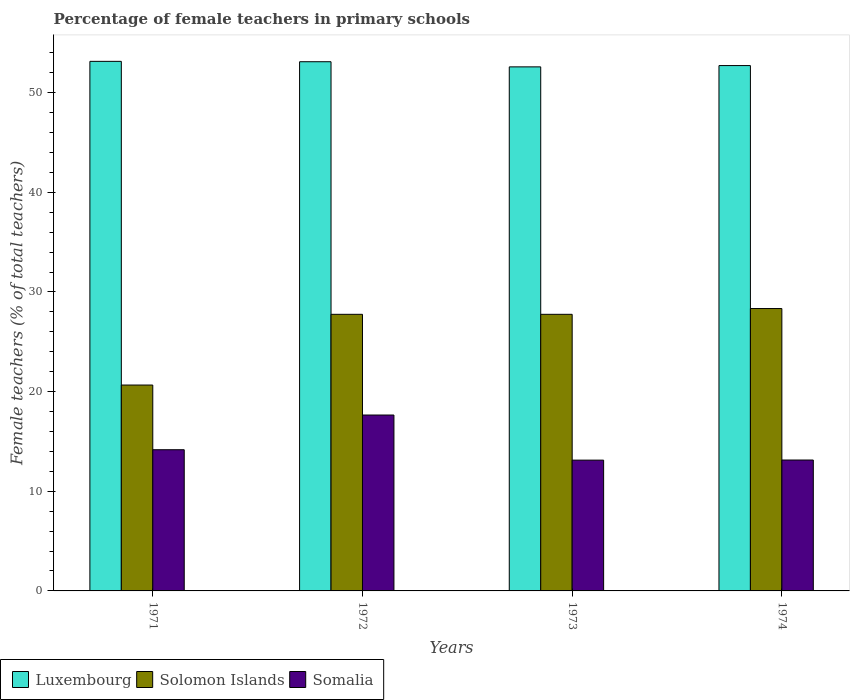
| Years | Luxembourg | Solomon Islands | Somalia |
 | --- | --- | --- | --- |
 | 1971 | 53.1 | 20.7 | 14.2 |
 | 1972 | 53.1 | 27.8 | 17.7 |
 | 1973 | 52.6 | 27.8 | 13.1 |
 | 1974 | 52.7 | 28.3 | 13.1 |